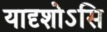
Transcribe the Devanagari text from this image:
यादृशोऽसि